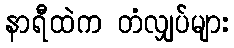
နာရီထဲက တံလျှပ်များ